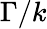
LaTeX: \Gamma/k